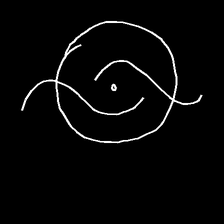
Glyph: repetition